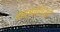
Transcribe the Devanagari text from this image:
मासाशियो